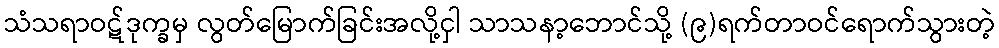
သံသရာဝဋ်ဒုက္ခမှ လွတ်မြောက်ခြင်းအလို့ငှါ သာသနာ့ဘောင်သို့ (၉)ရက်တာဝင်ရောက်သွားတဲ့